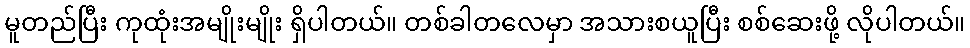
မူတည်ပြီး ကုထုံးအမျိုးမျိုး ရှိပါတယ်။ တစ်ခါတလေမှာ အသားစယူပြီး စစ်ဆေးဖို့ လိုပါတယ်။